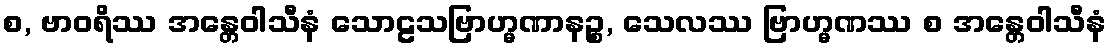
စ, ဗာဝရိဿ အန္တေဝါသီနံ သောဠသဗြာဟ္မဏာနဉ္စ, သေလဿ ဗြာဟ္မဏဿ စ အန္တေဝါသီနံ